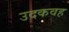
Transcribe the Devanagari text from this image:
उदकवह